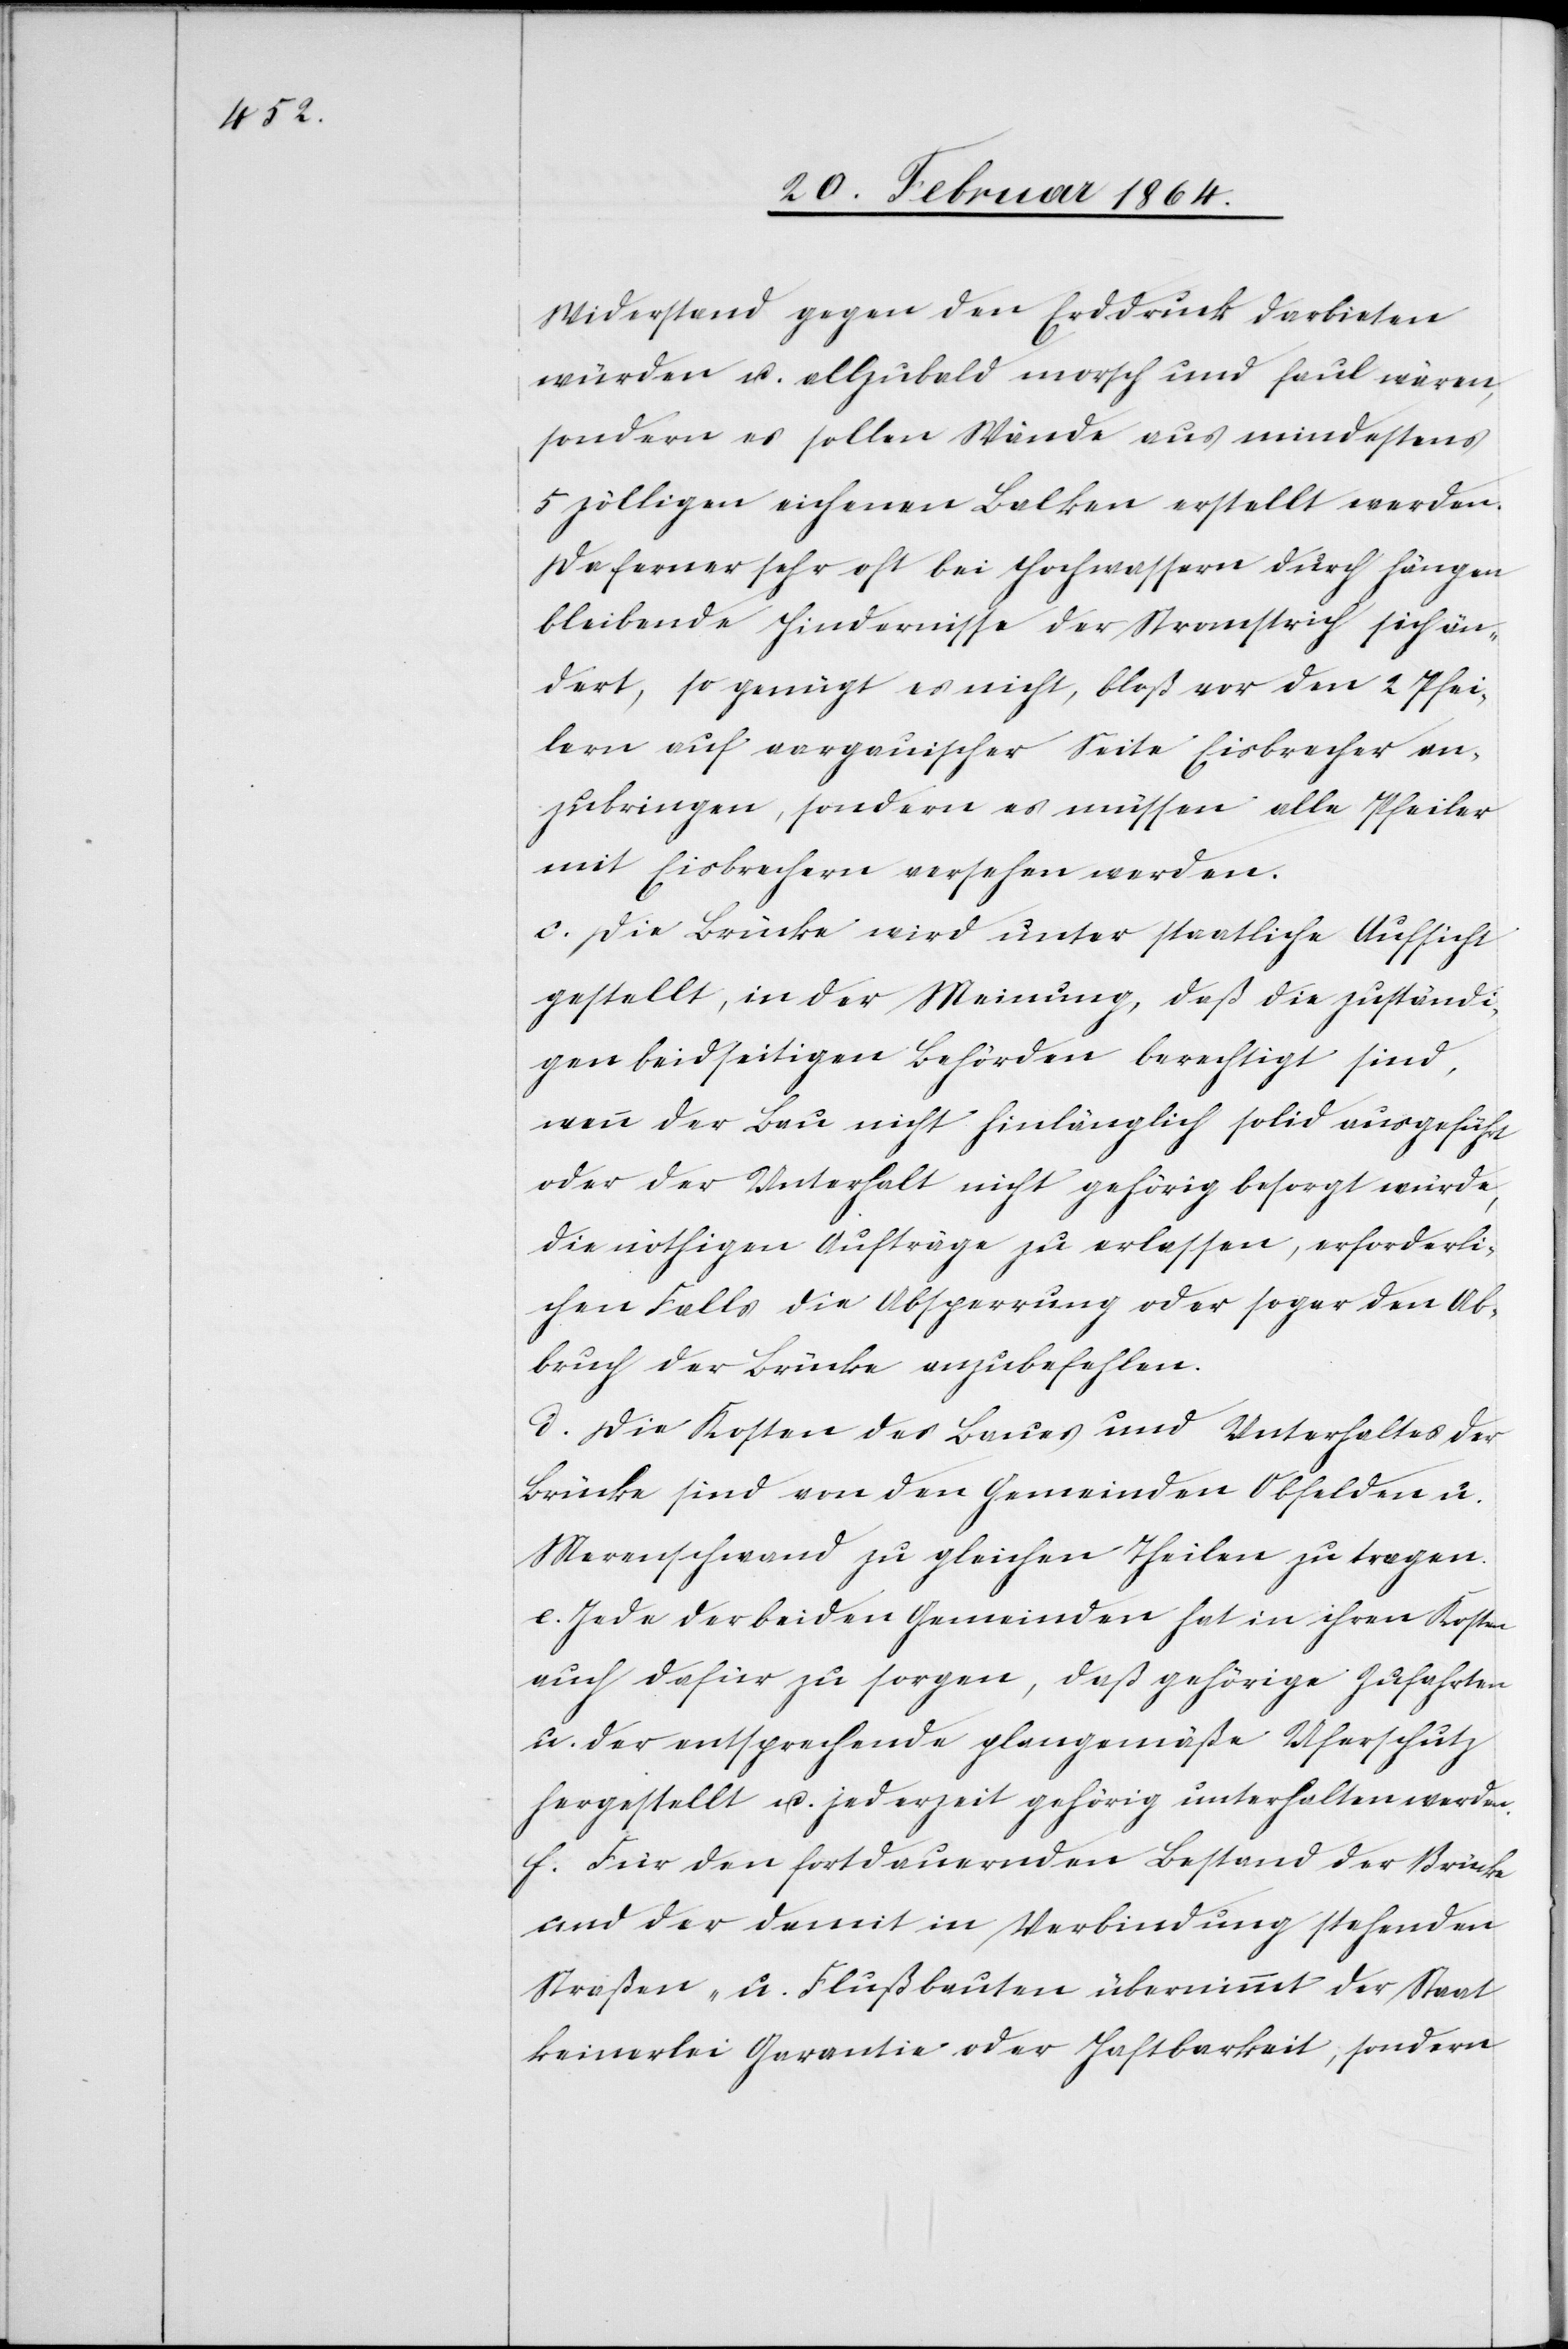
Widerstand gegen den Erddruck darbieten
würden u. allzubald morsch und faul wären,
sondern es sollen Wände aus mindestens
5 zölligen eichenen Balken erstellt werden.
Da ferner sehr oft bei Hochwassern durch hängen
bleibende Hindernisse der Stromstrich sich än¬
dert, so genügt es nicht, bloß vor den 2 Pfei¬
lern auf aargauischer Seite Eisbrecher an¬
zubringen, sondern es müssen alle Pfeiler
mit Eisbrechern versehen werden.
c. Die Brücke wird unter staatliche Aufsicht
gestellt, in der Meinung, daß die zuständi¬
gen beidseitigen Behörden berechtigt sind,
wenn der Bau nicht hinlänglich solid ausgeführt
oder der Unterhalt nicht gehörig besorgt würde,
die nöthigen Aufträge zu erlassen, erforderli¬
chen Falls die Absperrung oder sogar den Ab¬
bruch der Brücke anzubefehlen.
d. Die Kosten des Baues und Unterhaltes der
Brücke sind von den Gemeinden Obfelden u.
Merenschwand zu gleichen Theilen zu tragen.
e. Jede der beiden Gemeinden hat in ihren Kosten
auch dafür zu sorgen, daß gehörige Zufahrten
u. der entsprechende plangemäße Uferschutz
hergestellt u. jederzeit gehörig unterhalten werden.
f. Für den fortdauernden Bestand der Brücke
und der damit in Verbindung stehenden
Straßen- u. Flußbauten übernimmt der Staat
keinerlei Garantie oder Haftbarkeit, sondern